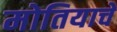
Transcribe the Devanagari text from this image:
मोतियाचे